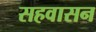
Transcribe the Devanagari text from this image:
सहवासन